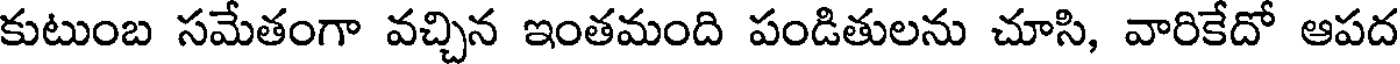
కుటుంబ సమేతంగా వచ్చిన ఇంతమంది పండితులను చూసి, వారికేదో ఆపద